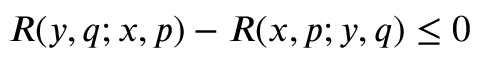
R ( y , q ; x , p ) - R ( x , p ; y , q ) \leq 0